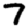
Digit: 7